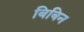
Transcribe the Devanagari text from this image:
बिबिन